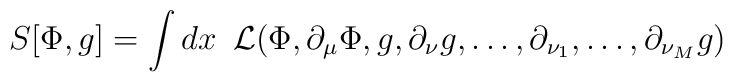
S[\Phi,g]=\int dx {\phantom{0}}{\cal L}(\Phi,\partial_\mu\Phi,g,\partial_\nu g,\dots,\partial_{\nu_1},\dots,\partial_{\nu_M}g)